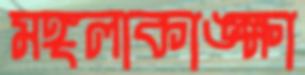
মঙ্গলাকাঙ্ক্ষা